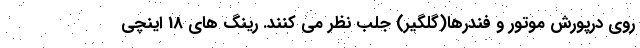
روی درپورش موتور و فندرها(گلگیر) جلب نظر می کنند. رینگ های 18 اینچی